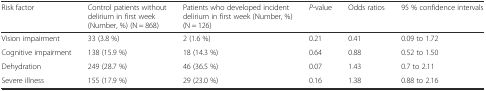
<table><thead><tr><td><b>Risk factor</b></td><td><b>Control patients without delirium in first week (Number, %) (N = 868)</b></td><td><b>Patients who developed incident delirium in first week (Number, %) (N = 126)</b></td><td><b><i>P</i>-value</b></td><td><b>Odds ratios</b></td><td><b>95 % confidence intervals</b></td></tr></thead><tbody><tr><td>Vision impairment</td><td>33 (3.8 %)</td><td>2 (1.6 %)</td><td>0.21</td><td>0.41</td><td>0.09 to 1.72</td></tr><tr><td>Cognitive impairment</td><td>138 (15.9 %)</td><td>18 (14.3 %)</td><td>0.64</td><td>0.88</td><td>0.52 to 1.50</td></tr><tr><td>Dehydration</td><td>249 (28.7 %)</td><td>46 (36.5 %)</td><td>0.07</td><td>1.43</td><td>0.7 to 2.11</td></tr><tr><td>Severe illness</td><td>155 (17.9 %)</td><td>29 (23.0 %)</td><td>0.16</td><td>1.38</td><td>0.88 to 2.16</td></tr></tbody></table>